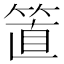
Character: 𥮖